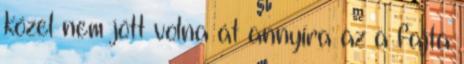
közel nem jött volna át annyira az a fajta